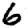
Digit: 6